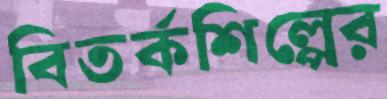
বিতর্কশিল্পের